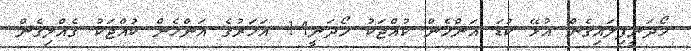
ހޯދަނީފިލައިގެން އުޅޭ ކުޑަ އަންހެން ކުއްޖަކު ހޯދަނީ14 އަހަރުގެ އަންހެން ކުއްޖަކު ގެއްލިގެން